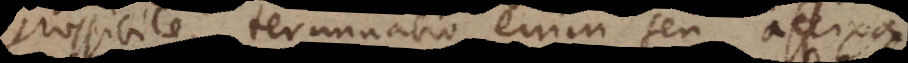
possibile, terminatio enim seu affixa